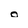
Character: o